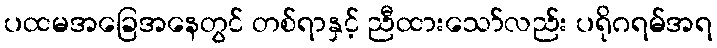
ပထမအခြေအနေတွင် တစ်ရာနှင့် ညီထားသော်လည်း ပရိုဂရမ်အရ